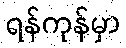
ရန်ကုန်မှာ